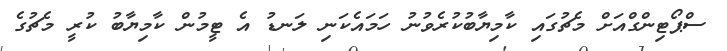
ސްޕޯޓިންގްއަށް މެޗުގައި ކާމިޔާބުކުރެވުނު ހަމައެކަނި ލަނޑު އެ ޓީމުން ކާމިޔާބު ކުރީ މެޗުގެ